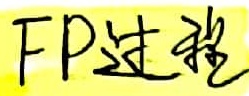
FP过程